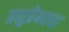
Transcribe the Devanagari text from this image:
प्रभुप्रेमाचा